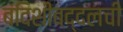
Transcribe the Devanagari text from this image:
बंदिशीबद्दलची